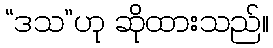
“ဒသ”ဟု ဆိုထားသည်။